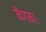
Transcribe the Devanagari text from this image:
नैगम।